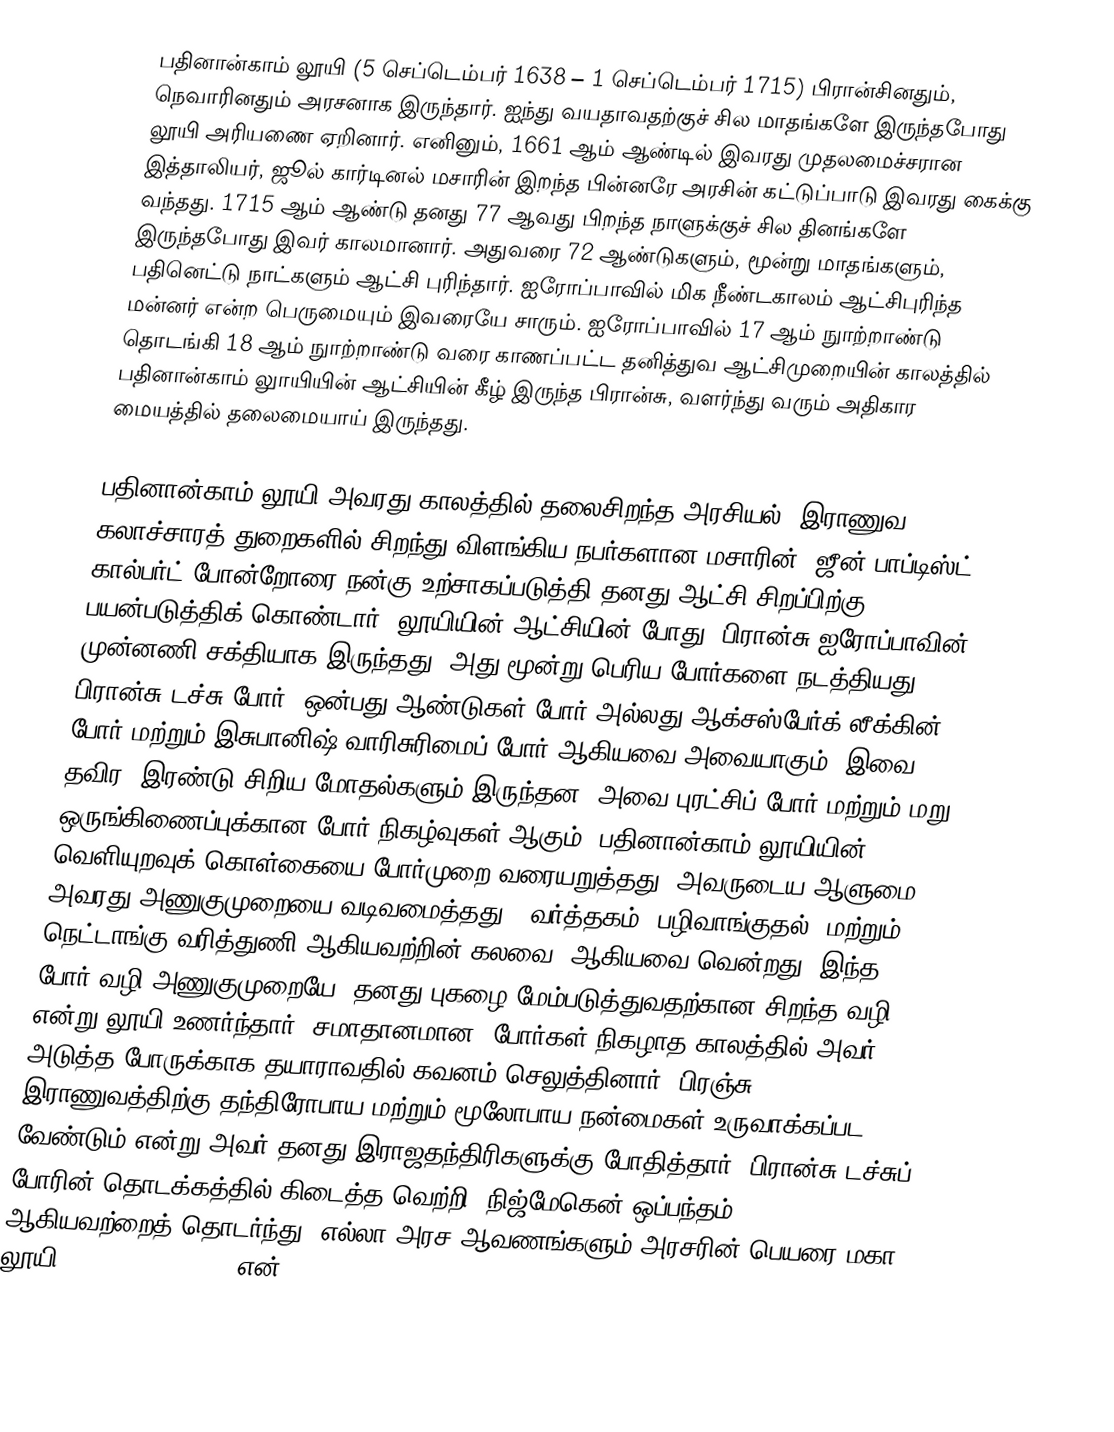
பதினான்காம் லூயி (5 செப்டெம்பர் 1638 – 1 செப்டெம்பர் 1715) பிரான்சினதும், நெவாரினதும் அரசனாக இருந்தார். ஐந்து வயதாவதற்குச் சில மாதங்களே இருந்தபோது லூயி அரியணை ஏறினார். எனினும், 1661 ஆம் ஆண்டில் இவரது முதலமைச்சரான இத்தாலியர், ஜூல் கார்டினல் மசாரின் இறந்த பின்னரே அரசின் கட்டுப்பாடு இவரது கைக்கு வந்தது. 1715 ஆம் ஆண்டு தனது 77 ஆவது பிறந்த நாளுக்குச் சில தினங்களே இருந்தபோது இவர் காலமானார். அதுவரை 72 ஆண்டுகளும், மூன்று மாதங்களும், பதினெட்டு நாட்களும் ஆட்சி புரிந்தார். ஐரோப்பாவில் மிக நீண்டகாலம் ஆட்சிபுரிந்த மன்னர் என்ற பெருமையும் இவரையே சாரும். ஐரோப்பாவில் 17 ஆம் நுாற்றாண்டு தொடங்கி 18 ஆம் நுாற்றாண்டு வரை காணப்பட்ட தனித்துவ ஆட்சிமுறையின் காலத்தில் பதினான்காம் லுாயியின் ஆட்சியின் கீழ் இருந்த பிரான்சு, வளர்ந்து வரும் அதிகார மையத்தில் தலைமையாய் இருந்தது.

பதினான்காம் லூயி அவரது காலத்தில் தலைசிறந்த அரசியல், இராணுவ, கலாச்சாரத் துறைகளில் சிறந்து விளங்கிய நபர்களான மசாரின், ஜீன்-பாப்டிஸ்ட் கால்பர்ட் போன்றோரை நன்கு உற்சாகப்படுத்தி தனது ஆட்சி சிறப்பிற்கு பயன்படுத்திக் கொண்டார். லூயியின் ஆட்சியின் போது, பிரான்சு ஐரோப்பாவின் முன்னணி சக்தியாக இருந்தது. அது மூன்று பெரிய போர்களை நடத்தியது: பிரான்சு-டச்சு போர், ஒன்பது ஆண்டுகள் போர் அல்லது ஆக்சஸ்பேர்க் லீக்கின் போர் மற்றும் இசுபானிஷ் வாரிசுரிமைப் போர் ஆகியவை அவையாகும். இவை தவிர, இரண்டு சிறிய மோதல்களும் இருந்தன: அவை புரட்சிப் போர் மற்றும் மறு ஒருங்கிணைப்புக்கான போர் நிகழ்வுகள் ஆகும். பதினான்காம் லூயியின் வெளியுறவுக் கொள்கையை போர்முறை வரையறுத்தது, அவருடைய ஆளுமை அவரது அணுகுமுறையை வடிவமைத்தது. "வர்த்தகம், பழிவாங்குதல், மற்றும் நெட்டாங்கு வரித்துணி ஆகியவற்றின் கலவை" ஆகியவை வென்றது, இந்த போர் வழி அணுகுமுறையே, தனது புகழை மேம்படுத்துவதற்கான சிறந்த வழி என்று லூயி உணர்ந்தார். சமாதானமான, போர்கள் நிகழாத காலத்தில் அவர் அடுத்த போருக்காக தயாராவதில் கவனம் செலுத்தினார். பிரஞ்சு இராணுவத்திற்கு தந்திரோபாய மற்றும் மூலோபாய நன்மைகள் உருவாக்கப்பட வேண்டும் என்று அவர் தனது இராஜதந்திரிகளுக்கு போதித்தார். பிரான்சு-டச்சுப் போரின் தொடக்கத்தில் கிடைத்த வெற்றி, நிஜ்மேகென் ஒப்பந்தம் ஆகியவற்றைத் தொடர்ந்து, எல்லா அரச ஆவணங்களும் அரசரின் பெயரை மகா லூயி (Louis the Great) என்